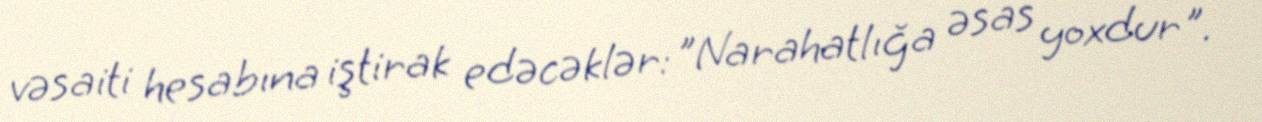
vəsaiti hesabına iştirak edəcəklər: "Narahatlığa əsas yoxdur".